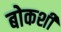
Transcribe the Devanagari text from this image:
बोकशी